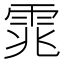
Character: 雿